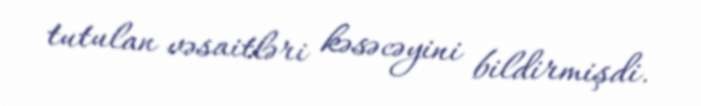
tutulan vəsaitləri kəsəcəyini bildirmişdi.